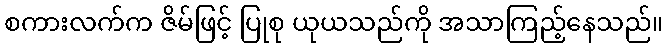
စကားလက်က ဇိမ်ဖြင့် ပြုစု ယုယသည်ကို အသာကြည့်နေသည်။